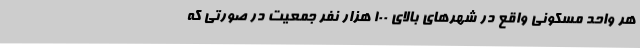
هر واحد مسکونی واقع در شهر‌های بالای ۱۰۰ هزار نفر جمعیت در صورتی که